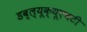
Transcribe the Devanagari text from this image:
डब्ल्यूक्यूएचटी